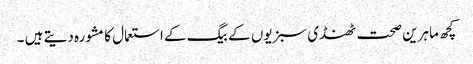
کچھ ماہرین صحت ٹھنڈی سبزیوں کے بیگ کے استعمال کامشورہ دیتے ہیں ۔